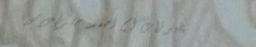
مخبوزات أم أحمد: حلويات ش